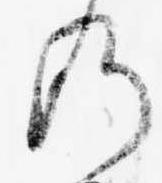
の